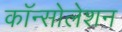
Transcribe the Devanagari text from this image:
कॉन्सोलेशन